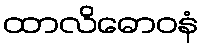
ထာလိဓောဝနံ